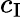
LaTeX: c_{\mathrm{I}}